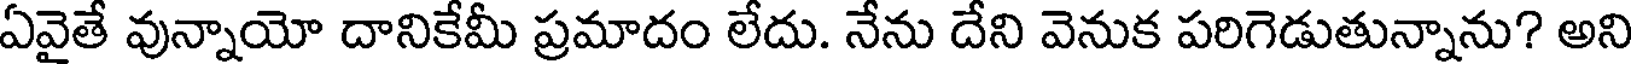
ఏవైతే వున్నాయో దానికేమీ ప్రమాదం లేదు. నేను దేని వెనుక పరిగెడుతున్నాను? అని